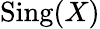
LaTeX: {\mathrm{Sing}}(X)